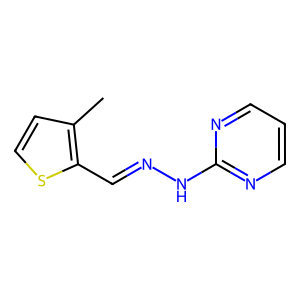
SMILES: Cc1ccsc1C=NNc1ncccn1
Inhibits HIV replication: No